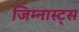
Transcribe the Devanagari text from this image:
जिम्नास्ट्स